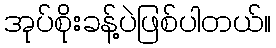
အုပ်စိုးခန့်ပဲဖြစ်ပါတယ်။